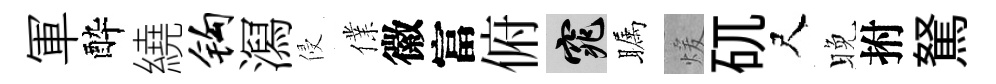
軍酔繞钩㵼侵㒒徽富俯窕瞩煖矹尺晚拊駑